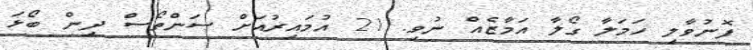
ފޮނުވާލި ހަމަލާ ގޯލާ އަމާޒެއް ނުވި. 21 އުމައިރުއަށް ސަންތޯސް ދިން ބޯޅަ